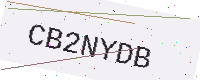
Text: CB2NYDB